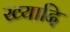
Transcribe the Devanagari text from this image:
ख्यादि